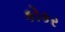
કોકર